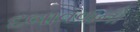
દબાવવાનો